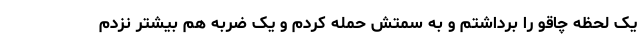
یک لحظه چاقو را برداشتم و به سمتش حمله کردم و یک ضربه هم بیشتر نزدم